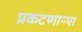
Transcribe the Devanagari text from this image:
प्रकटणाऱ्या